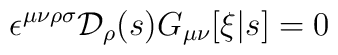
\epsilon^{\mu\nu\rho\sigma} {\cal D}_\rho(s) G_{\mu\nu}[\xi|s] = 0